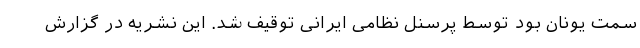
سمت یونان بود توسط پرسنل نظامی ایرانی توقیف شد. این نشریه در گزارش